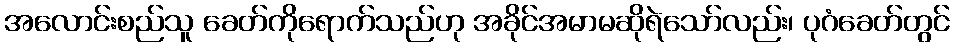
အလောင်းစည်သူ ခေတ်ကိုရောက်သည်ဟု အခိုင်အမာမဆိုရဲသော်လည်း၊ ပုဂံခေတ်တွင်